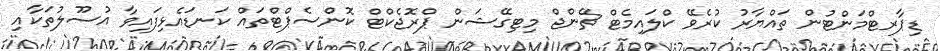
ޑިޕާރޓްމަންޓުން ތައްޔާރު ކުރެވޭ ކްލައިމެޓް ޗޭންޖް މިޓިގޭޝަން ޕްރޮޖެކްޓް ކޮންސެޕްޓްތައް ކަނޑައެޅިފައިވާ އުސޫލުތަކާއި